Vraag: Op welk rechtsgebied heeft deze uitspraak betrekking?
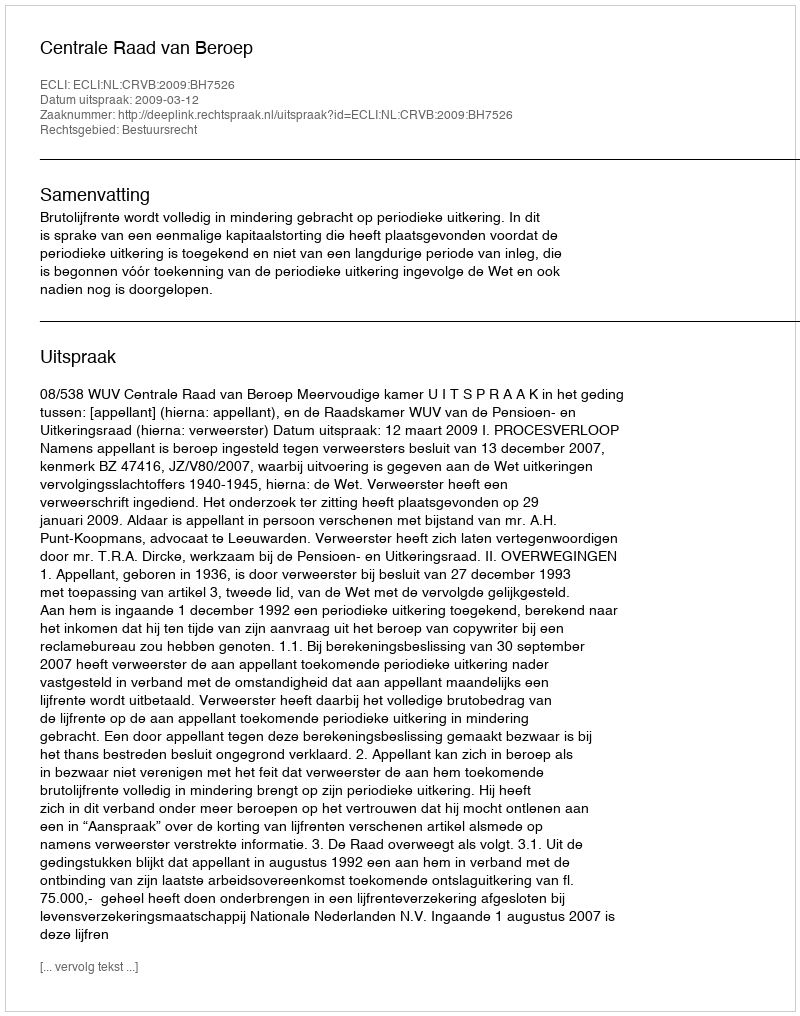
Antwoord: Bestuursrecht